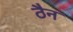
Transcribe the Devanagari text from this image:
ठैन